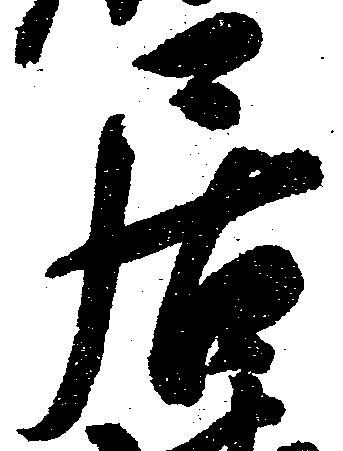
居